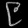
Digit: ၉